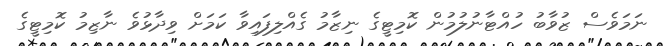
ނަމަވެސް ޒުވާބު ހުއްޓާނުލުމުން ކޮމިޓީގެ ނިޒާމު ގެއްލިފައިވާ ކަމަށް ވިދާޅުވެ ނާޒިމު ކޮމިޓީގެ